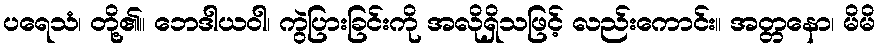
ပရေသံ၊ တို့၏။ ဘေဒါယဝါ၊ ကွဲပြားခြင်းကို အလိုရှိသဖြင့် လည်းကောင်း။ အတ္တနော၊ မိမိ